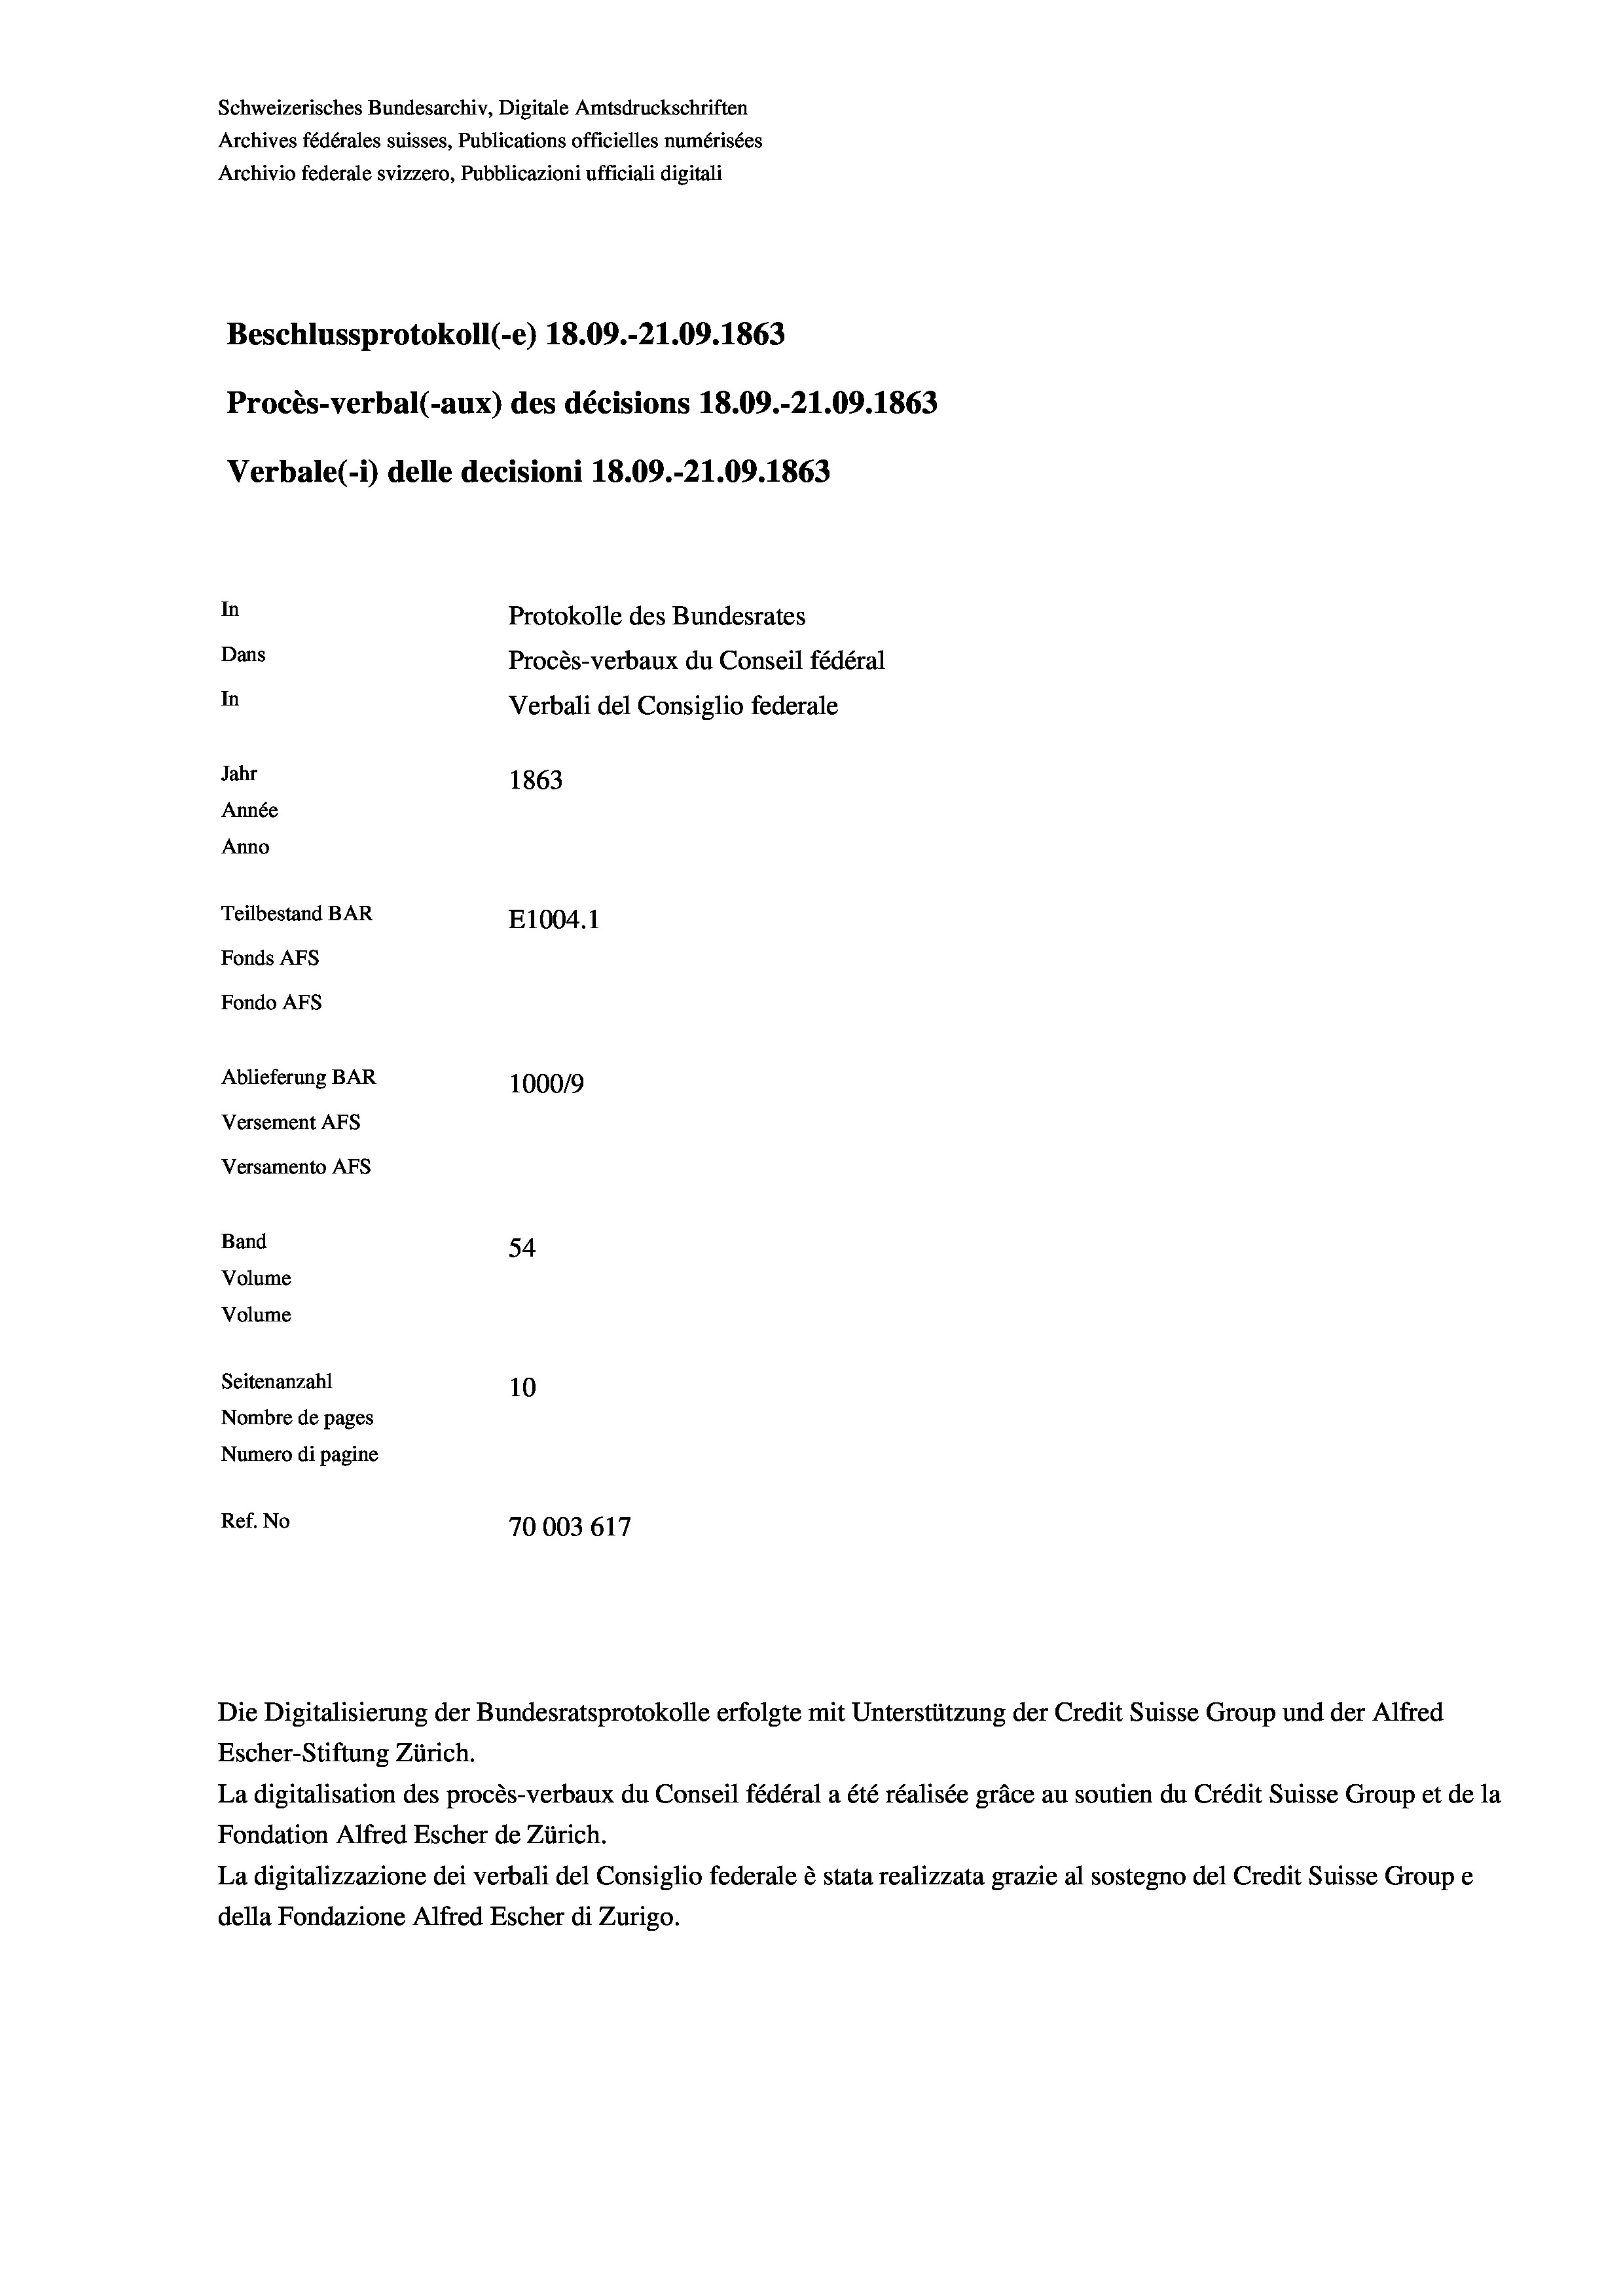
Schweizerisches Bundesarchiv, Digitale Amtsdruckschriften
Archives fédérales suisses, Publications officielles numérisées
Beschlussprotokoll (-e) 18.09.-21.09. 1863
Procès-verbal (-aux) des décisions 18.09.-21.09. 1863
Verbale(*) delle decisioni 18.09.-21.09. 1863
In
Protokolle des Bundesrates
Dans
Procès-verbaux du Conseil fédéral
In
Verbali del Consiglio federale
Jahr
1863
Année
Anno
Teilbestand BAR
E1004.1
Fonds AFs
Fondo AFS

Ablieferung BAR
Versement AFs
Versamento AFs
Band
Volume
Volume
Seitenanzahl

Archivio federale svizzero, Pubblicazioni ufficiali digitali

100019
54
10
Nombre de pages
Numero di pagine
Ref. No
70003 617

Escher-Stiftung Zürich.
La digitalisation des procès-verbaux du Conseil fédéral a été réalisée gräce au soutien du Crédit Suisse Group et de la
Fondation Alfred Escher de Zürich.
La digitalizzazione dei verbali del Consiglio federale è stata realizzata grazie al sostegno del Credit Suisse Groupe
della Fondazione Alfred Escher di Zurigo.

Die Digitalisierung der Bundesratsprotokolle erfolgte mit Unterstützung der Credit Suisse Group und der Alfred